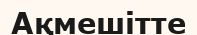
Ақмешітте